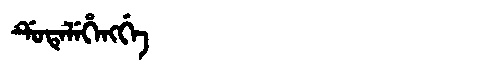
Manchu: ᡩᡠᡨᡝᠯᡝᡥᡝᠩᡤᡝ
Romanization: DUTELEHENGGE